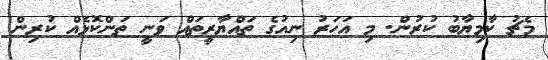
މެޗު ކާމިޔާބު ކުރުން. މި އަހަރު ނިއުގެ ތައްޔާރީތައް ވަނީ ތަންކޮޅެއް ކުރިން